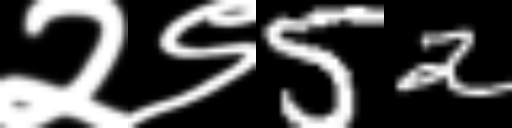
Text: २९52